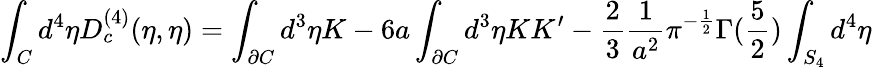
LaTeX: \int_{C}{d^{4}}{\eta}D_{c}^{(4)}(\eta,{\eta})=\int_{\partial C}d^{3}\eta K-6a\int_{\partial C}d^{3}\eta KK^{\prime}-\frac{2}{3}\frac{1}{a^{2}}\pi^{-\frac{1}{2}}\Gamma(\frac{5}{2})\int_{S_{4}}d^{4}\eta